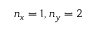
n _ { x } = 1 , n _ { y } = 2